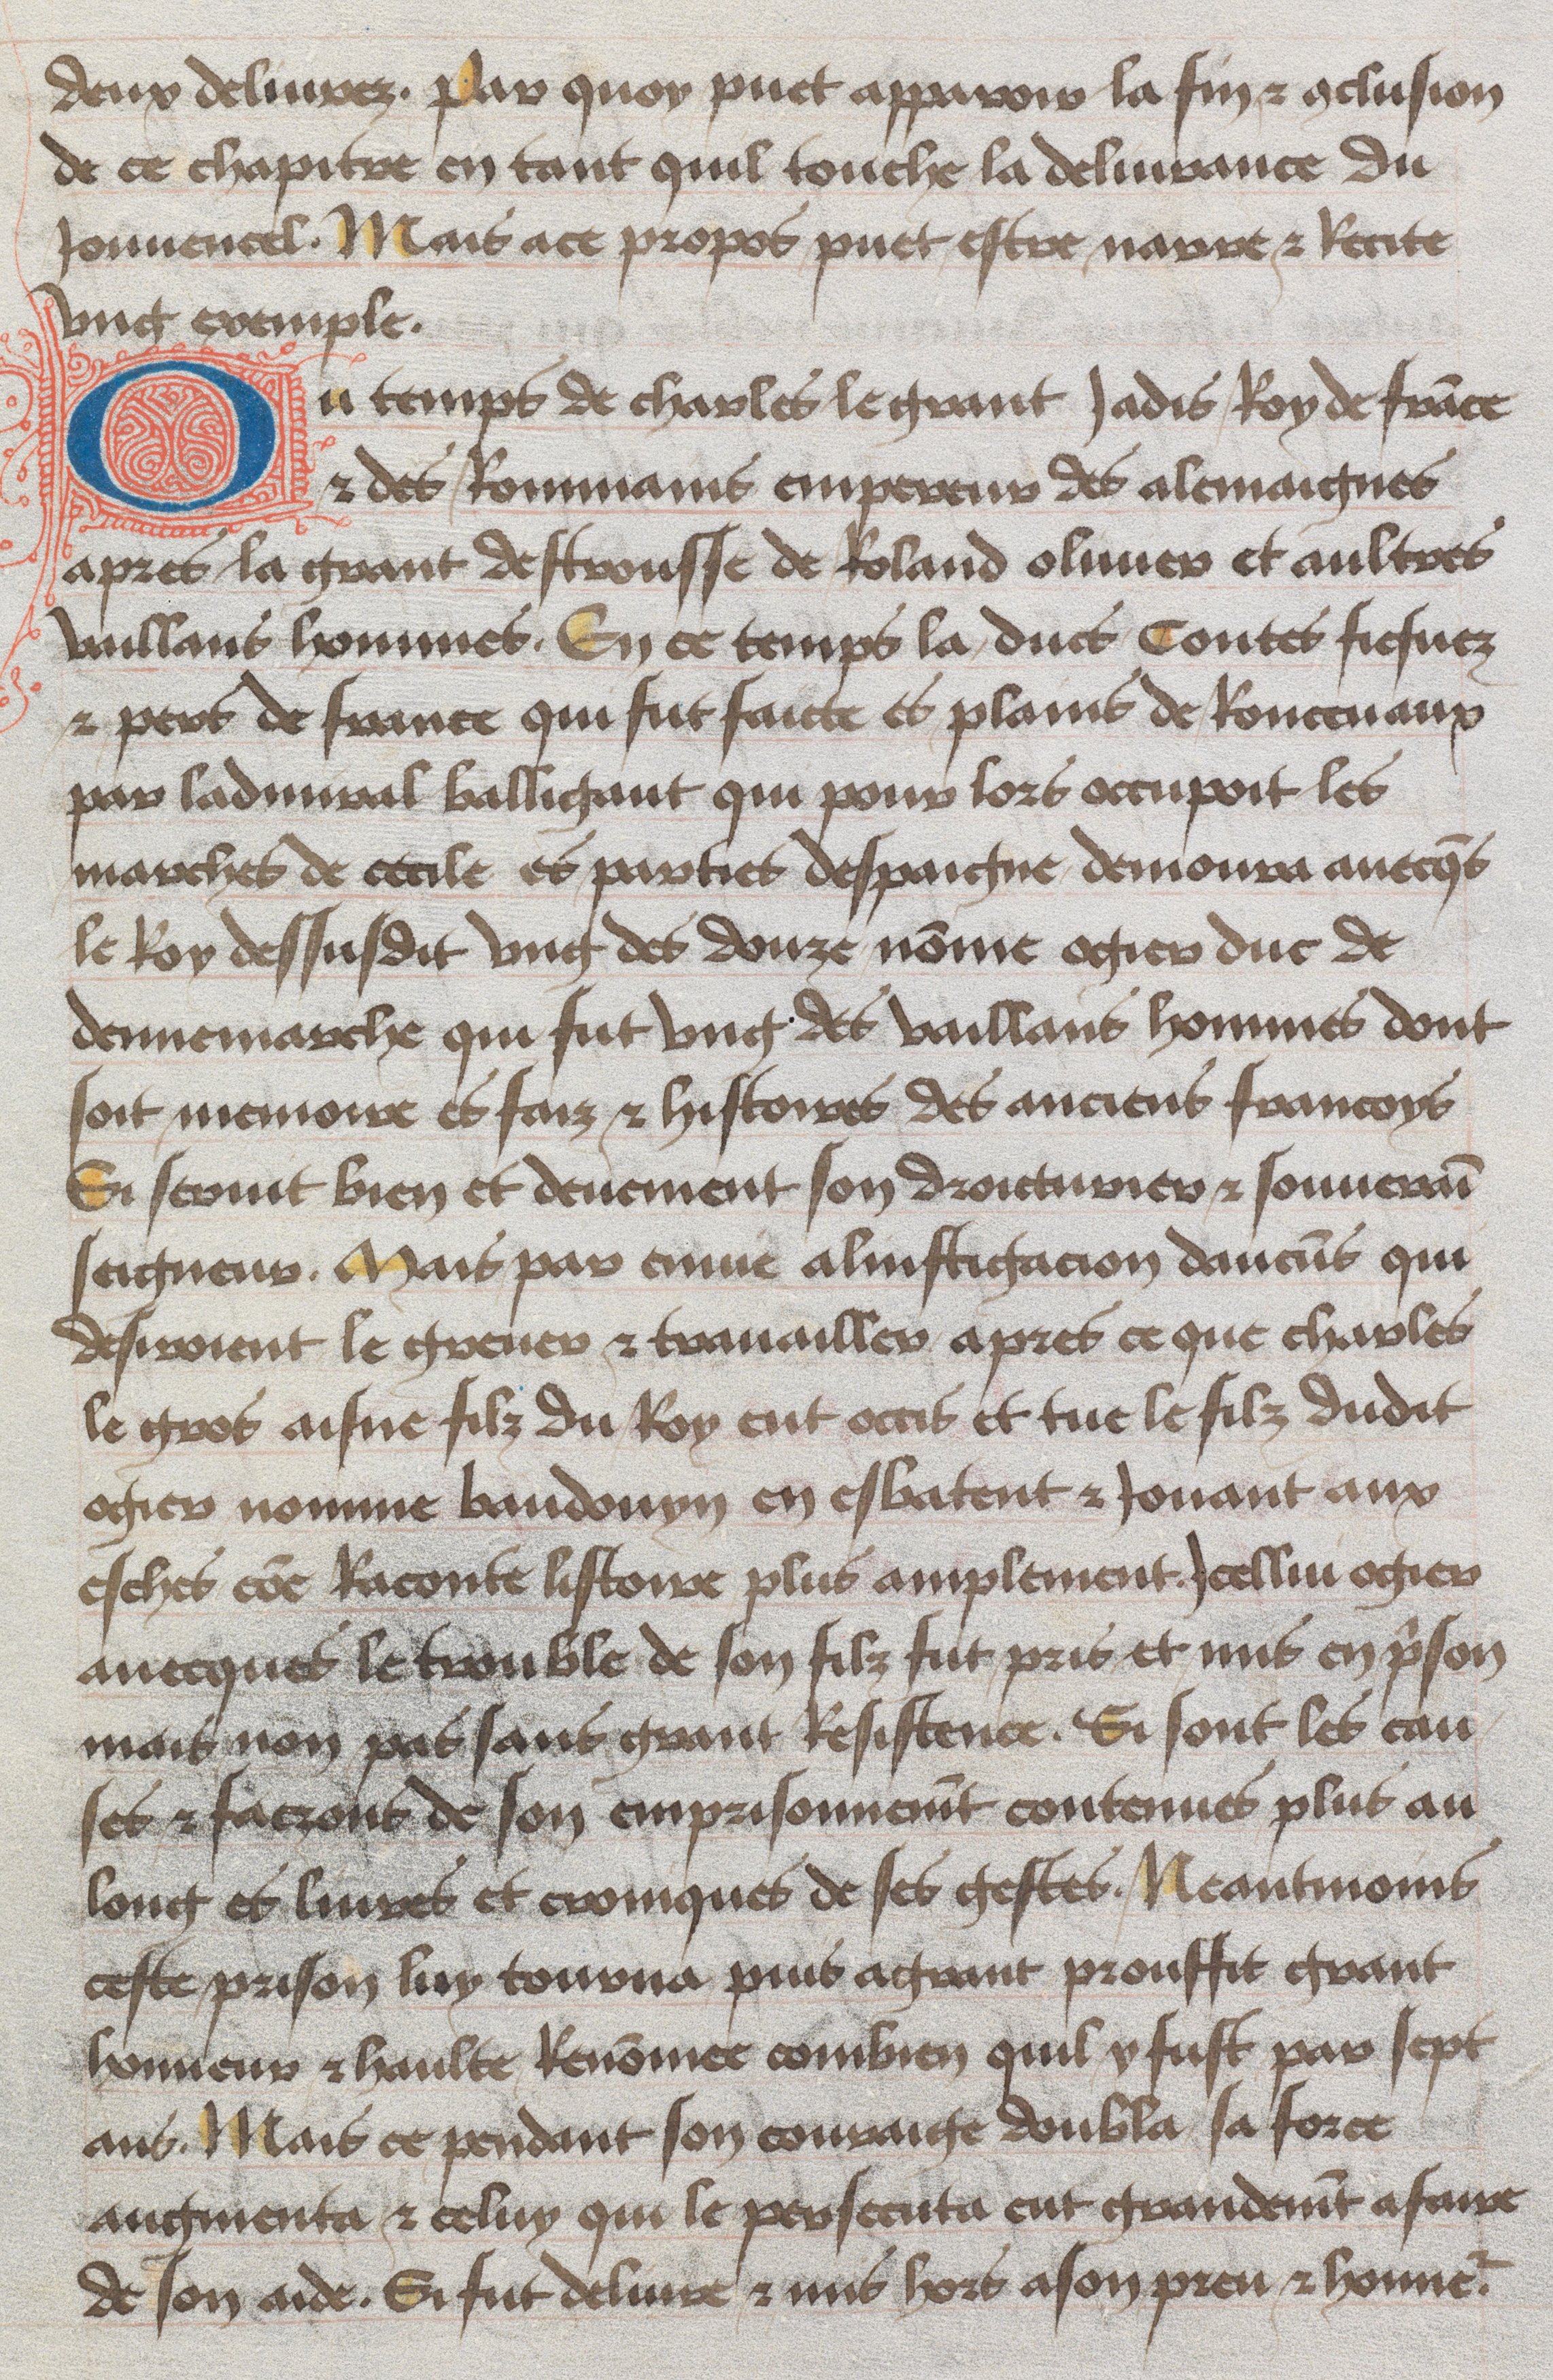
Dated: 1465–1480